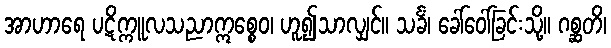
အာဟာရေ ပဋိက္ကူလသညာဣစ္စေဝ၊ ဟူ၍သာလျှင်။ သင်္ခံ၊ ခေါ်ဝေါ်ခြင်းသို့။ ဂစ္ဆတိ၊